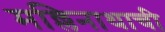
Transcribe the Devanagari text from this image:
मल्लिनाथाची